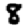
Digit: 8